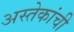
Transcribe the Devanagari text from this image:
अस्तेकांची